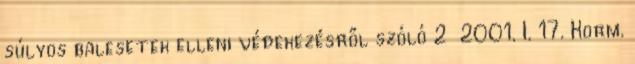
súlyos balesetek elleni védekezésről szóló 2 2001. I. 17. Korm.